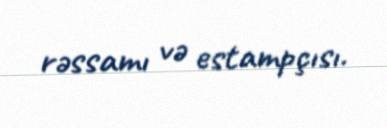
rəssamı və estampçısı.